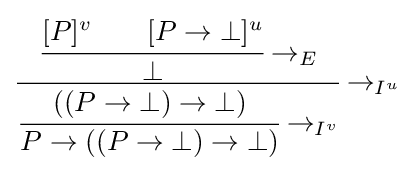
{\cfrac {{\cfrac {[P]^{v}\qquad [P\to \bot ]^{u}}{\bot }}\to _{E}}{{\cfrac {((P\to \bot )\to \bot )}{P\to ((P\to \bot )\to \bot )}}\to _{I^{v}}}}\to _{I^{u}}